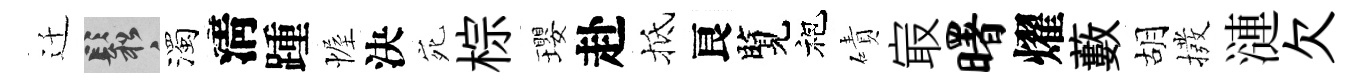
迁鬆濁淸踵幄決宛棕瓔赴抵良覽袍磧㝡曙燿藪胡撥漣欠